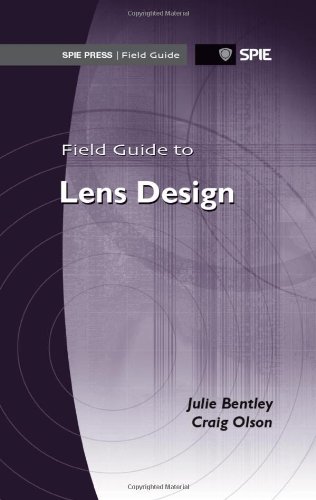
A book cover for Field Guide to Lens Design (SPIE Press Field Guide FG27) (Field Guides); Julie Bentley; Science & Math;